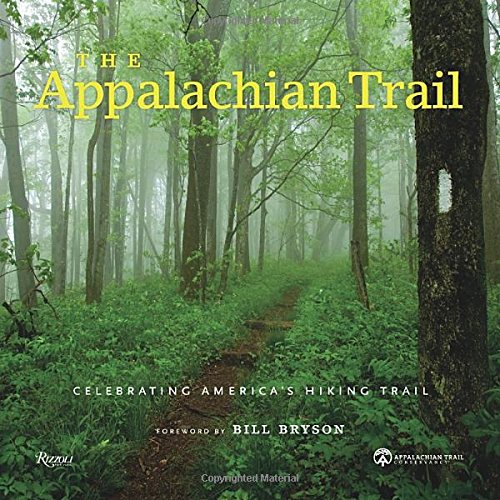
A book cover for The Appalachian Trail: Celebrating America's Hiking Trail; Brian King; Sports & Outdoors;